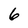
Character: 6